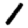
Digit: 1